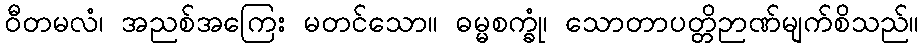
ဝီတမလံ၊ အညစ်အကြေး မတင်သော။ ဓမ္မစက္ခုံ၊ သောတာပတ္တိဉာဏ်မျက်စိသည်။